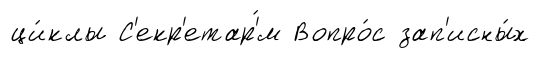
ци́клы С'екр'етар'́м Вопро́с зап'исны́х